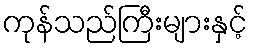
ကုန်သည်ကြီးများနှင့်